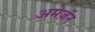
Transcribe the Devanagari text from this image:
अमेज़ॅन